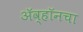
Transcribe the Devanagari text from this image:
ॲव्हॉनचा